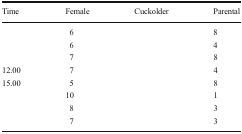
<table><thead><tr><td><b>Time</b></td><td><b>Female</b></td><td><b>Cuckolder</b></td><td><b>Parental</b></td></tr></thead><tbody><tr><td>[EMPTY_CELL]</td><td>6</td><td>[EMPTY_CELL]</td><td>8</td></tr><tr><td>[EMPTY_CELL]</td><td>6</td><td>[EMPTY_CELL]</td><td>4</td></tr><tr><td>[EMPTY_CELL]</td><td>7</td><td>[EMPTY_CELL]</td><td>8</td></tr><tr><td>12.00</td><td>7</td><td>[EMPTY_CELL]</td><td>4</td></tr><tr><td>15.00</td><td>5</td><td>[EMPTY_CELL]</td><td>8</td></tr><tr><td>[EMPTY_CELL]</td><td>10</td><td>[EMPTY_CELL]</td><td>1</td></tr><tr><td>[EMPTY_CELL]</td><td>8</td><td>[EMPTY_CELL]</td><td>3</td></tr><tr><td>[EMPTY_CELL]</td><td>7</td><td>[EMPTY_CELL]</td><td>3</td></tr></tbody></table>